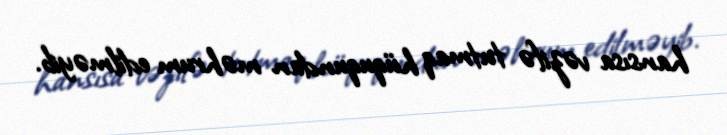
hansısa vəzifə tutmaq hüququndan məhrum edilməyib.